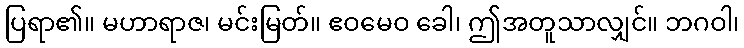
ပြရာ၏။ မဟာရာဇ၊ မင်းမြတ်။ ဧဝမေဝ ခေါ၊ ဤအတူသာလျှင်။ ဘဂဝါ၊